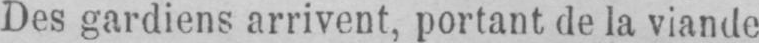
Des gardiens arrivent, portant de la viande